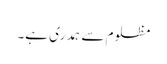
مظلوم سے ہمدری ہے۔